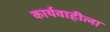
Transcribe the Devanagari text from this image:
कार्यवाहीला